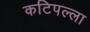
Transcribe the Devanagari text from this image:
कटिपल्ला